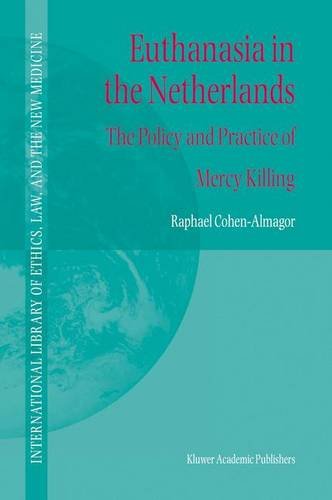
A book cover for Euthanasia in the Netherlands: The Policy and Practice of Mercy Killing (International Library of Ethics, Law, and the New Medicine); R. Cohen-Almagor; Medical Books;